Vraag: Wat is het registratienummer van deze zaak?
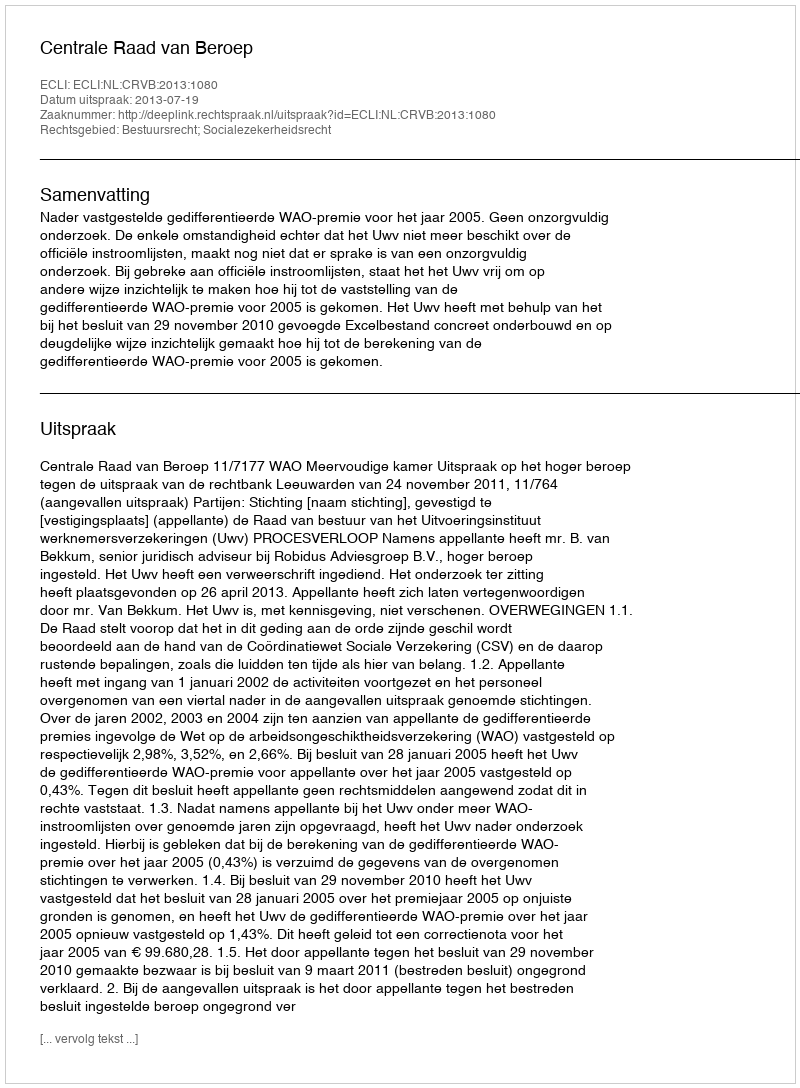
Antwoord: http://deeplink.rechtspraak.nl/uitspraak?id=ECLI:NL:CRVB:2013:1080